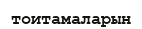
тоитамаларын